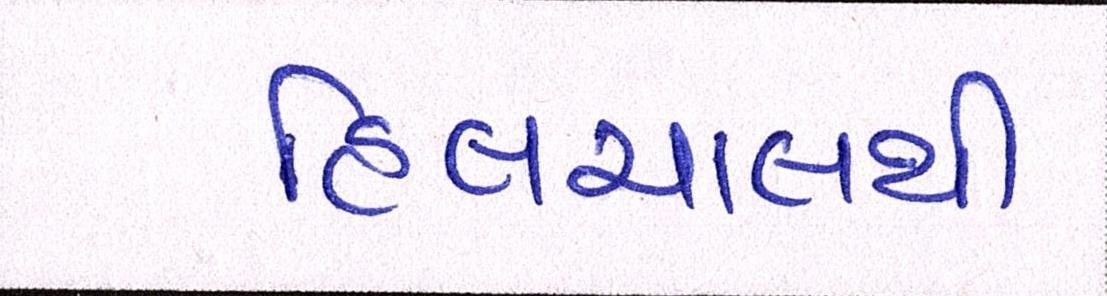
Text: હિલચાલથી